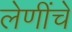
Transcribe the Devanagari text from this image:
लेणींचे